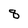
Character: 8